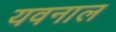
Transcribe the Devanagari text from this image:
यवनाल